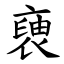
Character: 褏